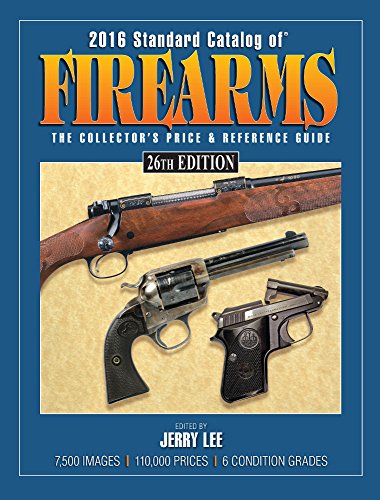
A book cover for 2016 Standard Catalog of Firearms: The Collector's Price & Reference Guide; Crafts, Hobbies & Home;